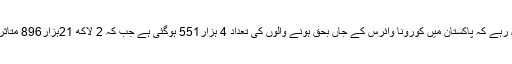
خیال رہے کہ پاکستان میں کورونا وائرس کے جاں بحق ہونے والوں کی تعداد 4 ہزار551 ہوگئی ہے جب کہ 2 لاکھ 21ہزار896 متاثر ہیں۔